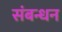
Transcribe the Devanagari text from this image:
संबन्धन